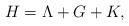
LaTeX: \begin{align*}H=\Lambda+G+K,\end{align*}